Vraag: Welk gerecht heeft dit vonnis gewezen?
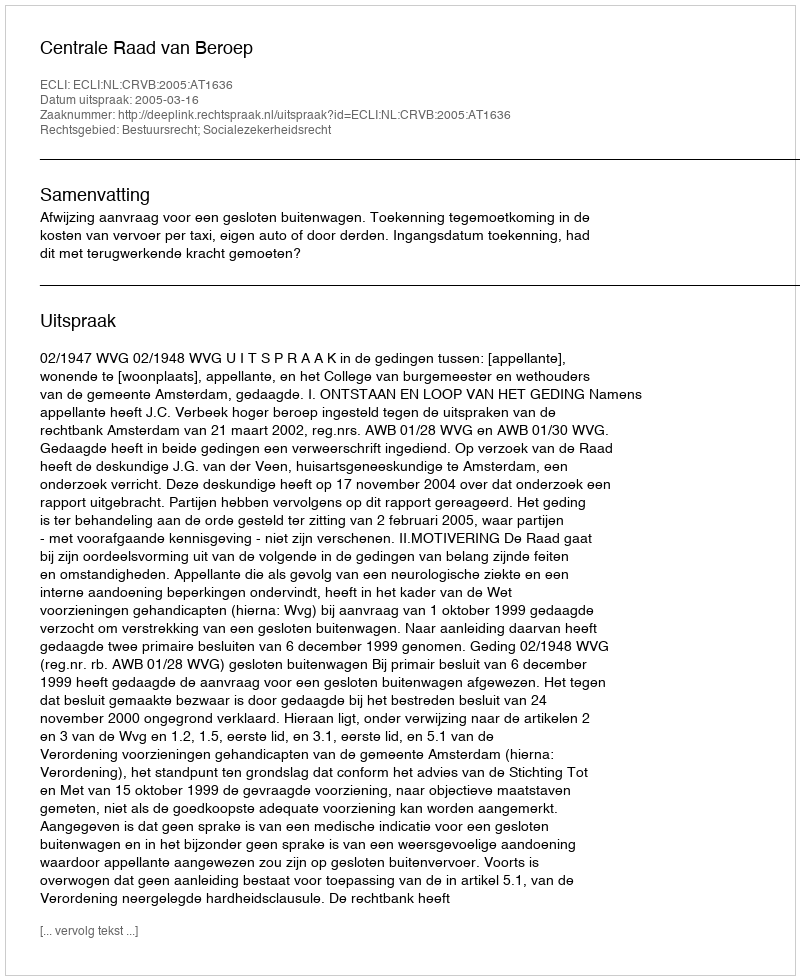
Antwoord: Centrale Raad van Beroep